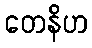
တေနိဟ